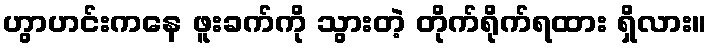
ဟွာဟင်းကနေ ဖူးခက်ကို သွားတဲ့ တိုက်ရိုက်ရထား ရှိလား။